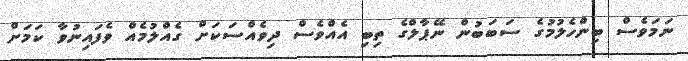
ނަމަވެސް ބިންހެލުމުގެ ސަބަބުން ނޭޕާލްގެ ތިބި އެއްވެސް ދިވެއްސަކަށް ގެއްލުމެއް ވެފައިނުވާ ކަމަށް